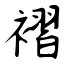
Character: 褶